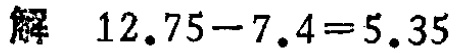
解 \(12.75 - 7.4 = 5.35\)